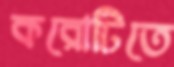
করোটিতে